Investigations into the jail dietaries of the United Provinces with some observations on the influence of dietary on the physical development and well-being of the people of the United Provinces - Number 48
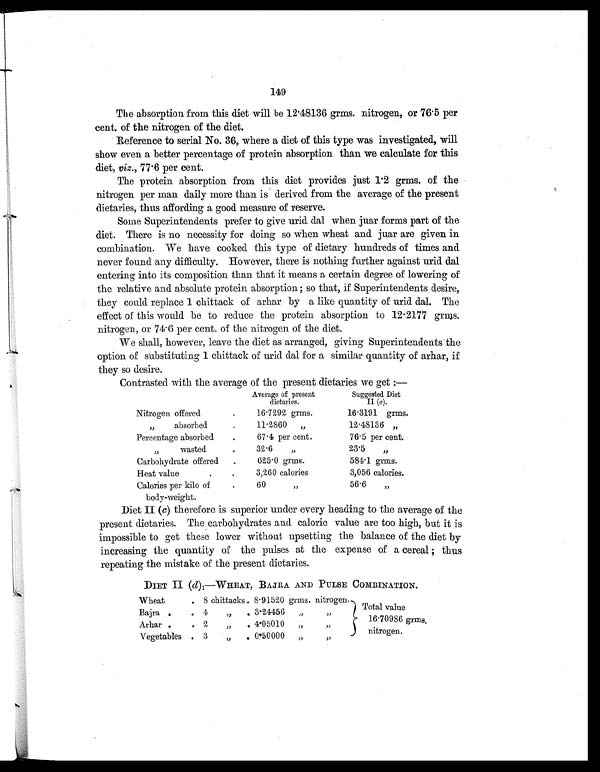
149
The absorption from this diet will be 12.48136 grms. nitrogen, or 76.5 per
cent. of the nitrogen of the diet.
Reference to serial No. 36, where a diet of this type was investigated, will
show even a better percentage of protein absorption than we calculate for this
diet, viz., 77.6 per cent.
The protein absorption from this diet provides just 1.2 grms. of the
nitrogen per man daily more than is derived from the average of the present
dietaries, thus affording a good measure of reserve.
Some Superintendents prefer to give urid dal when juar forms part of the
diet. There is no necessity for doing so when wheat and juar are given in
combination. We have cooked this type of dietary hundreds of times and
never found any difficulty. However, there is nothing further against urid dal
entering into its composition than that it means a certain degree of lowering of
the relative and absolute protein absorption ; so that, if Superintendents desire,
they could replace 1 chittack of arhar by a like quantity of urid dal. The
effect or this would be to reduce the protein absorption to 12.2177 grms.
nitrogen, or 74.6 per cent. of the nitrogen of the diet.
We shall, however, leave the diet as arranged, giving Superintendents the
option of substituting 1 chittack of urid dal for a similar quantity of arhar, if
they so desire.
Contrasted with the average of the present dietaries we get :—
Average of present
dietaries.
Suggested Diet
II (c).
Nitrogen offered
.
16.7292 grms.
16.3191 grms.
,, absorbed
.
11.2860 „
12.48136 „
Percentage absorbed
.
67.4 per cent.
76.5 per cent.
,, wasted
.
32.6 ,,
23.5 ,,
Carbohydrate offered
.
625.0 grms.
584.1 grms.
Heat value
3,260 calories
3,056 calories.
Calories per kilo of
body-weight.
.
60 ,,
56.6 ,,
Diet II (c) therefore is superior under every heading to the average of the
present dietaries. The carbohydrates and caloric value are too high, but it is
impossible to get these lower without upsetting the balance of the diet by
increasing the quantity of the pulses at the expense of a cereal ; thus
repeating the mistake of the present dietaries.
DIET II (d ) 1—WHEAT, BAJRA AND PULSE COMBINATION.
Wheat
. 8 chittacks . 8.91520 grms. nitrogen.
Total value
16.70986 grms.
nitrogen.
Bajra .
. 4
„
. 3.24456
„
,,
Arhar .
. 2
„
. 4.05010
„
,,
Vegetables . 3
„
. 0°50000
„
,,